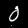
Label: 0